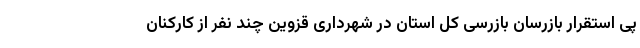
پی استقرار بازرسان بازرسی کل استان در شهرداری قزوین چند نفر از کارکنان